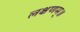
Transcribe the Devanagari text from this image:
लक्षणम्‌॥